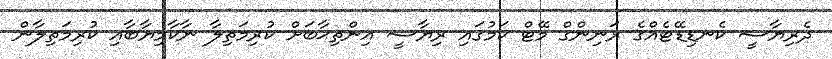
ދެރިޔާސީ ކެނޑިޑޭޓެއްގެ ރަނިންގް މޭޓް ކަމުގައި ރިޔާސީ އިންތިޙާބަށް ކުރިމަތިލާ ނާކާމިޔާބާއި ކުރިމަތިލާން